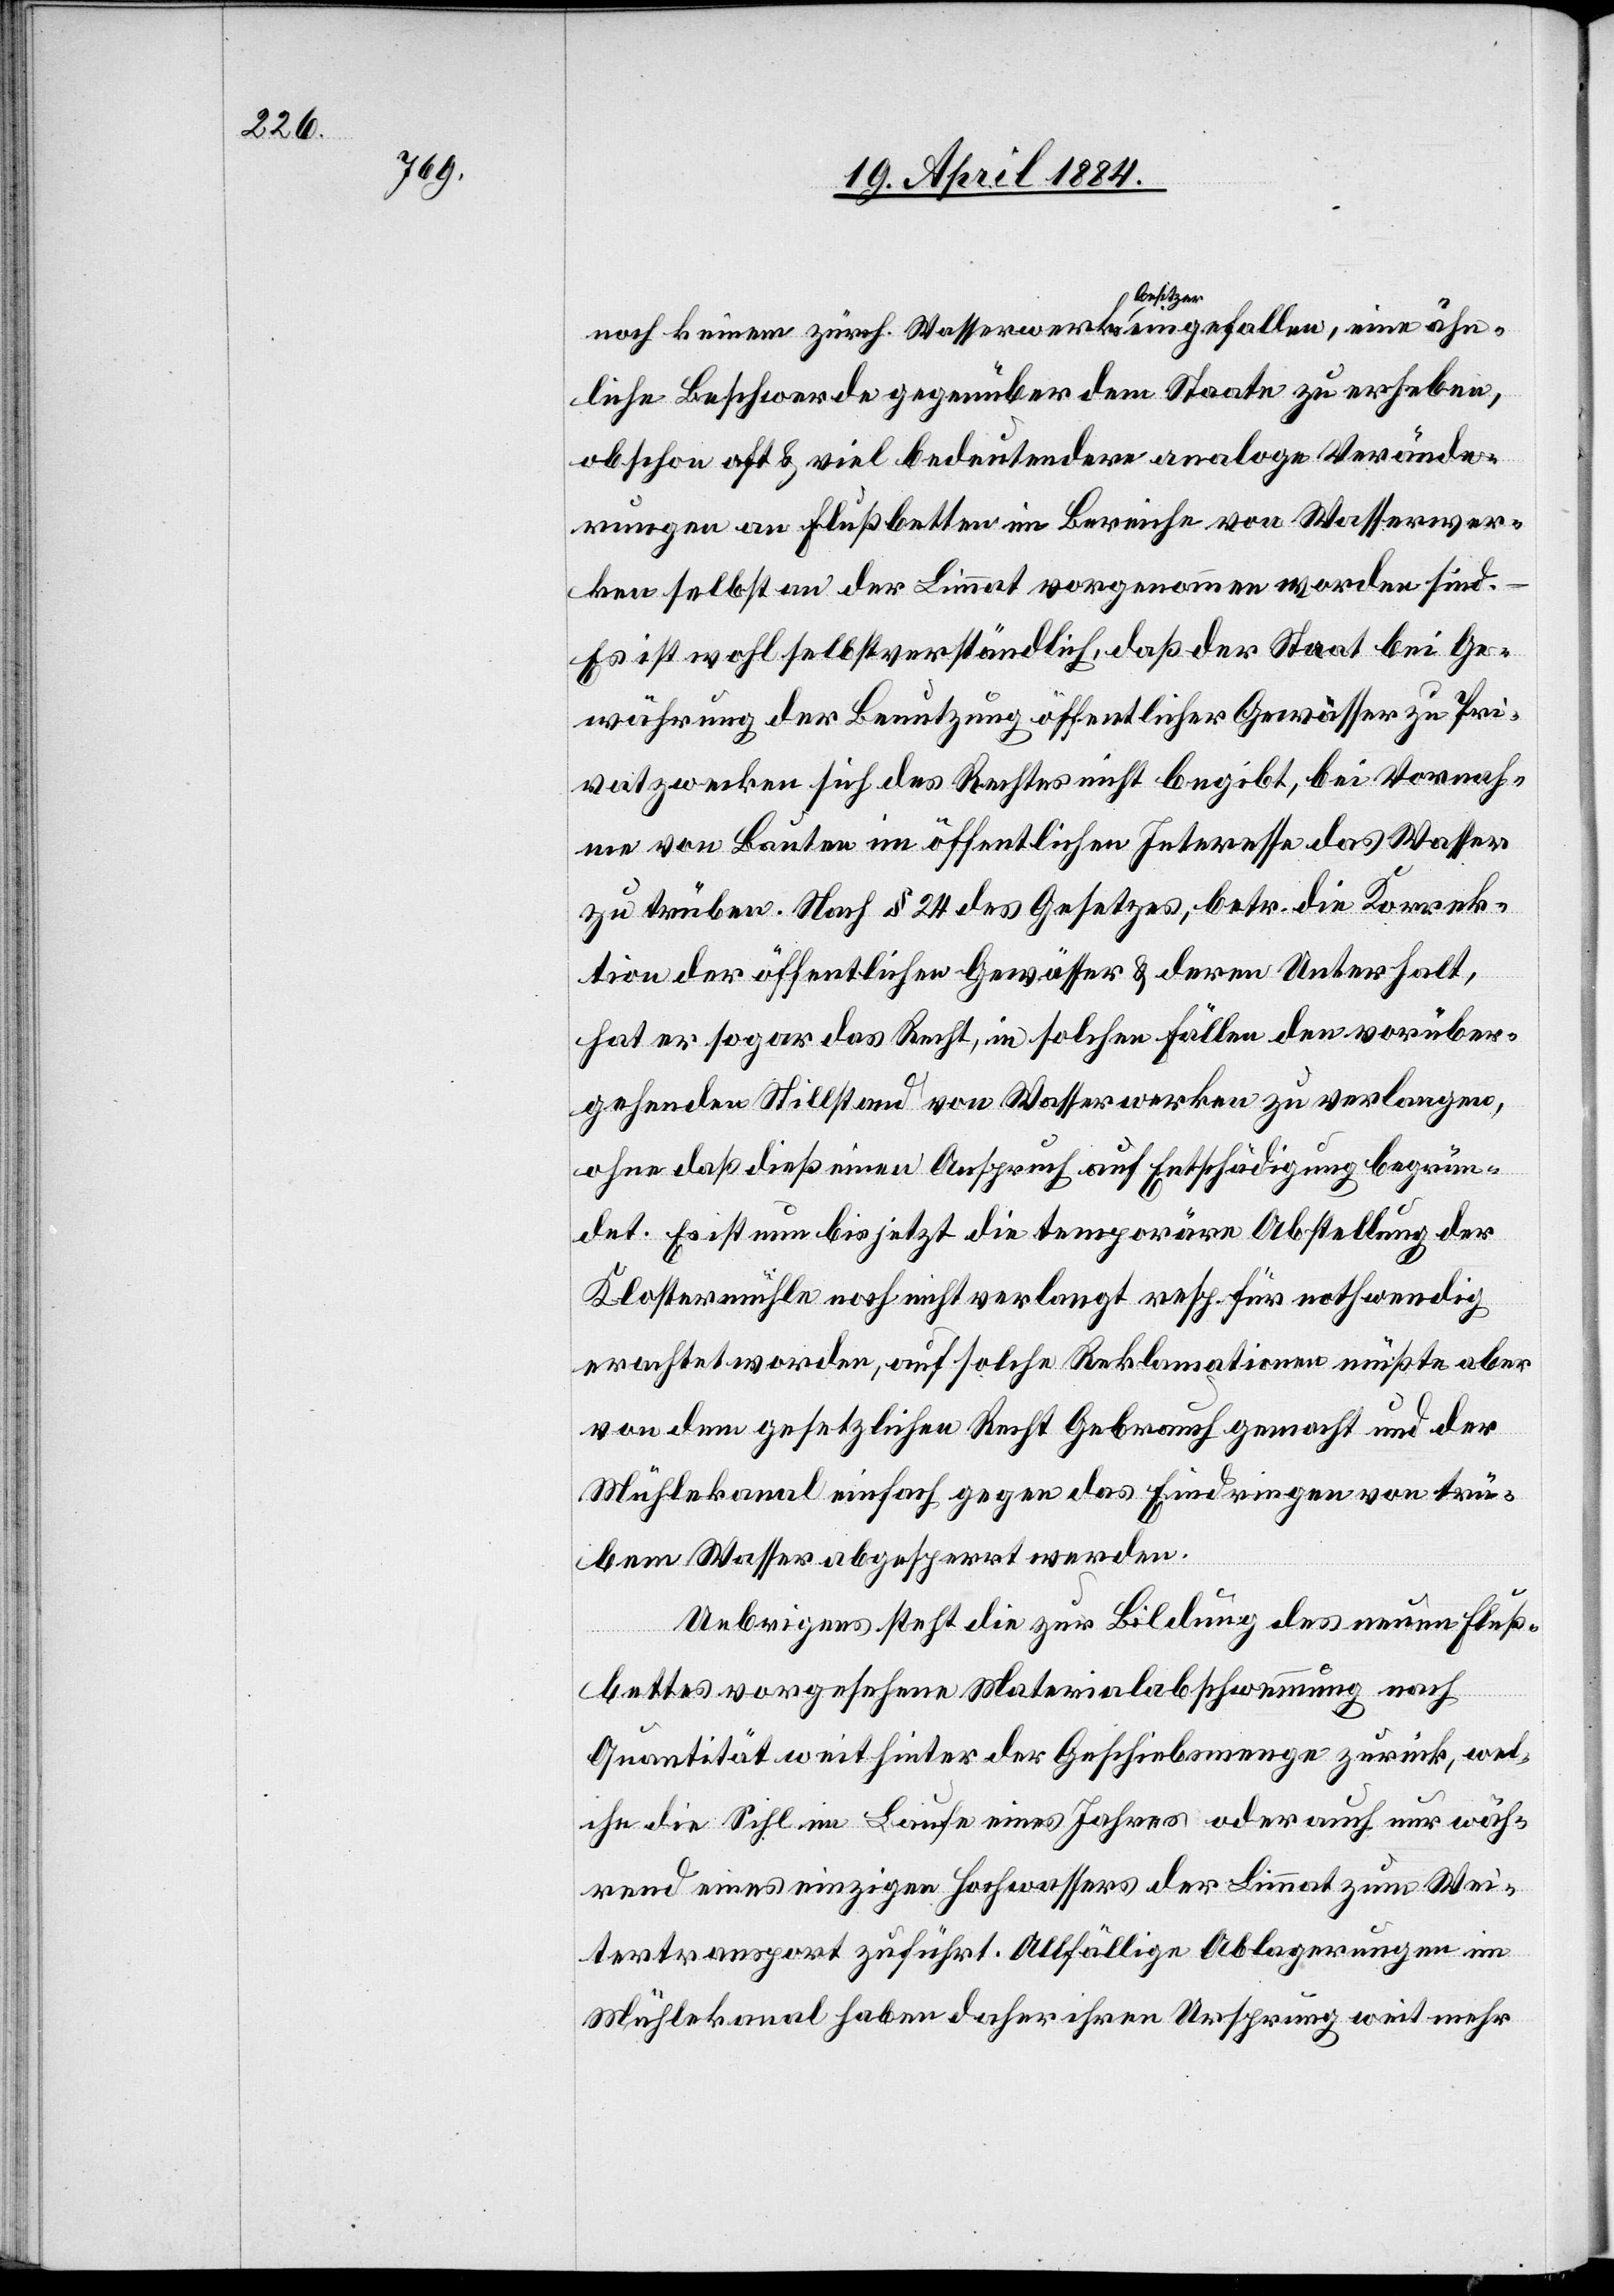
noch keinem zürch. Wasserwerksa-besitzer-a eingefallen, eine ähn¬
liche Beschwerde gegenüber dem Staate zu erheben,
obschon oft & viel bedeutendere analoge Verände¬
rungen an Flußbetten im Bereiche von Wasserwer¬
ken selbst an der Limmat vorgenommen worden sind.
Es ist wohl selbstverständlich, daß der Staat bei Ge¬
währung der Benutzung öffentlicher Gewässer zu Pri¬
vatzwecken sich des Rechtes nicht begibt, bei Vornah¬
me von Bauten im öffentlichen Interesse das Wasser
zu trüben. Nach § 24 des Gesetzes, betr. die Korrek¬
tion der öffentlichen Gewässer & deren Unterhalt,
hat er sogar das Recht, in solchen Fällen den vorüber¬
gehenden Stillstand von Wasserwerken zu verlangen,
ohne daß dieß einen Anspruch auf Entschädigung begrün¬
det. Es ist nun bis jetzt die temporäre Abstellung der
Klostermühle noch nicht verlangt resp. für nothwendig
erachtet worden, auf solche Reklamationen müßte aber
von dem gesetzlichen Recht Gebrauch gemacht und der
Mühlekanal einfach gegen das Eindringen von trü¬
bem Wasser abgesperrt werden.
Uebrigens steht die zur Bildung des neuen Fluß¬
bettes vorgesehene Materialabschwemmung nach
Quantität weit hinter der Geschiebsmenge zurück, wel¬
che die Sihl im Laufe eines Jahres oder auch nur wäh¬
rend eines einzigen Hochwassers der Limmat zum Wei¬
tertransport zuführt. Allfällige Ablagerungen im
Mühlekanal haben daher ihren Ursprung weit mehr